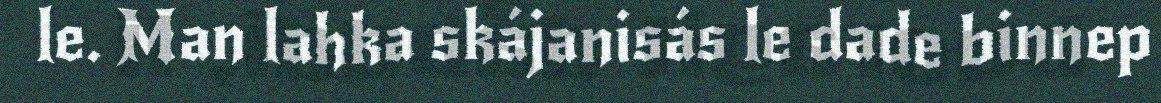
le. Man lahka skájanisás le dade binnep